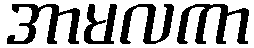
အာမလကာ